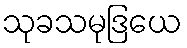
သုခသမုဒြယေ